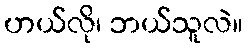
ဟယ်လို၊ ဘယ်သူလဲ။